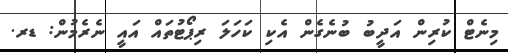
މިނެޓް ކުރިން އަދީބު ބުނެގެން އެކި ކަހަލަ ރިޕޯޓުތައް އައީ ނެރެމުން: ޑރ.